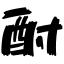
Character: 酎